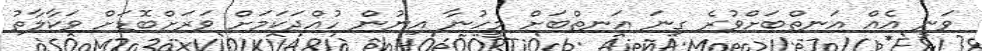
ވަނީ އެއް އަނތްބަށްވުރެ ގިނަ އަނތްބަށް މީހުނާ އިނުން ހުއްދަކަމަށް ވަރަށްބޮޑަށް ވަކާލާތު